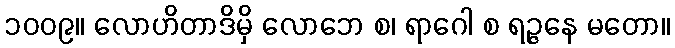
၁၀၀၉။ လောဟိတာဒိမှိ လောဘေ စ၊ ရာဂေါ စ ရဉ္ဇနေ မတော။